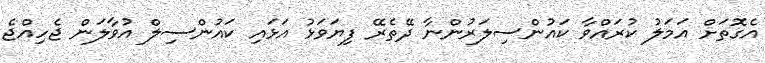
އެގޮތަށް އަމަލު ކުރައްވާ ކައުންސިލަރުންނާ ދޭތެރޭ ފިޔަވަޅު އަޅައި ކައުންސިލް އުވާލަން ޖެހިއްޖެ